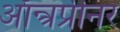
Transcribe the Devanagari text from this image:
ऑन्त्रप्रीनर